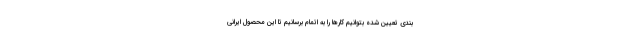
بندی تعیین شده بتوانیم کارها را به اتمام برسانیم تا این محصول ایرانی